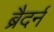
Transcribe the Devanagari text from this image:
ब्रैदर्न